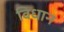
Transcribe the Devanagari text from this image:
विधान